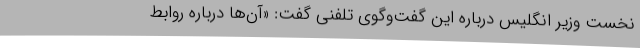
نخست وزیر انگلیس درباره این گفت‌وگوی تلفنی گفت: «آن‌ها درباره روابط